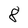
Character: 8